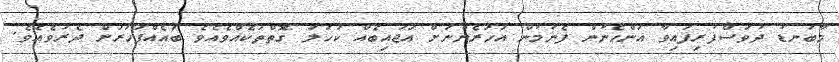
މާބަނޑު ދުވަސްފުރިފައިވާ އަންހެނުން ފެނުމުން އަހަރެންނަށް އަޖައިބެއް ކަހަލަ ގޮތްތަކެއްވެއެވެ ބައެއްފަހަރަށް ދެރަވެއެވެ.